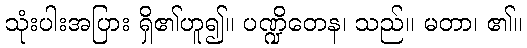
သုံးပါးအပြား ရှိ၏ဟူ၍။ ပဏ္ဍိတေန၊ သည်။ မတာ၊ ၏။